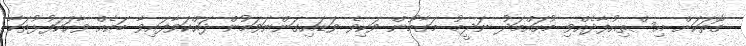
ގޮތަކަށް އިސްތިއުފާދެއްވި މުހައްމަދު ނަދީމު މަގާމުން ވަކިވެ ވަޑައިގަންނަވަމުން ދައްކަވާފައިވާ ބައެއް ވާހަކަފުޅުތަކާ